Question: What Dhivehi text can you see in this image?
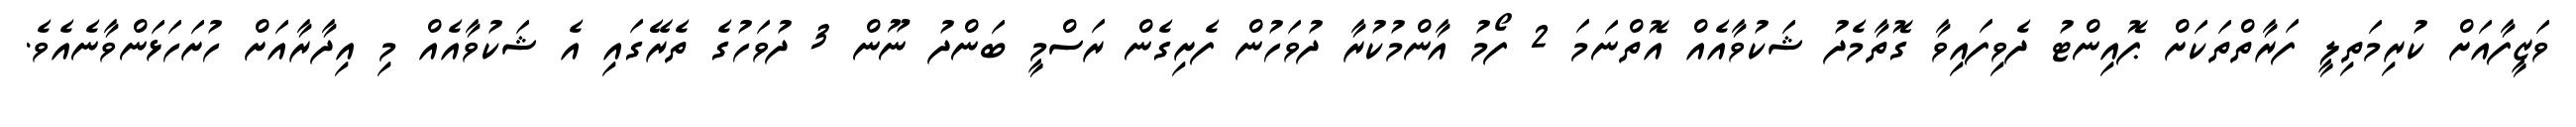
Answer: ވަޒީފާއަށް ކުރިމަތިލީ ފަރާތްތަކަށް ޕޮއިންޓު ދެވިފައިވާ ގޮތާމެދު ޝަކުވާއެއް އޮތްނަމަ 2 ފޯމު އާންމުކުރާ ދުވަހުން ފެށިގެން ރަސްމީ ބަންދު ނޫން 3 ދުވަހުގެ ތެރޭގައި އެ ޝަކުވާއެއް މި އިދާރާއަށް ހުށަހަޅަންވާނެއެވެ.